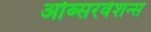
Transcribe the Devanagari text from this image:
ओब्सरवेशन्स